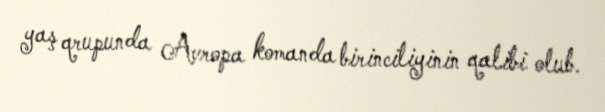
yaş qrupunda Avropa komanda birinciliyinin qalibi olub.